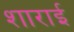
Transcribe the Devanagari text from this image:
शाराई